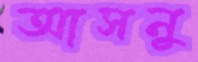
আসনু